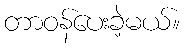
တာဝန်ပေးခဲ့မယ်။